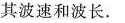
其波速和波长。